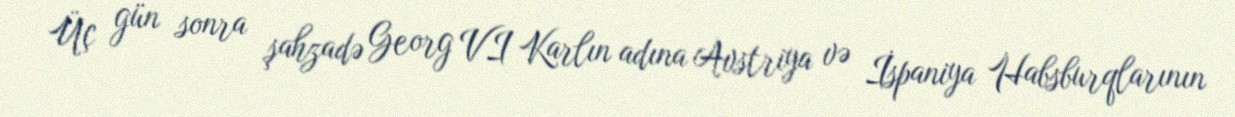
Üç gün sonra şahzadə Georg VI Karlın adına Avstriya və İspaniya Habsburqlarının